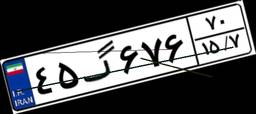
۴۵گ۶۷۶۷۰